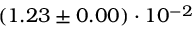
( 1 . 2 3 \pm 0 . 0 0 ) \cdot 1 0 ^ { - 2 }